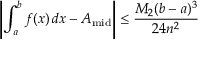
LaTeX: \left\vert \int _ { a } ^ { b } f ( x ) \, d x - A _ { \mathrm { m i d } } \right\vert \leq { \frac { M _ { 2 } ( b - a ) ^ { 3 } } { 2 4 n ^ { 2 } } }